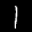
Label: 1